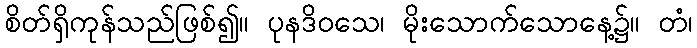
စိတ်ရှိကုန်သည်ဖြစ်၍။ ပုနဒိဝသေ၊ မိုးသောက်သောနေ့၌။ တံ၊